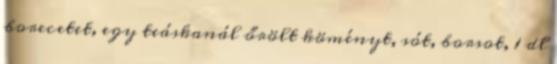
borecetet, egy teáskanál őrölt köményt, sót, borsot, 1 dl